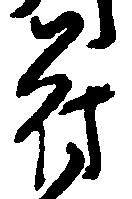
苻